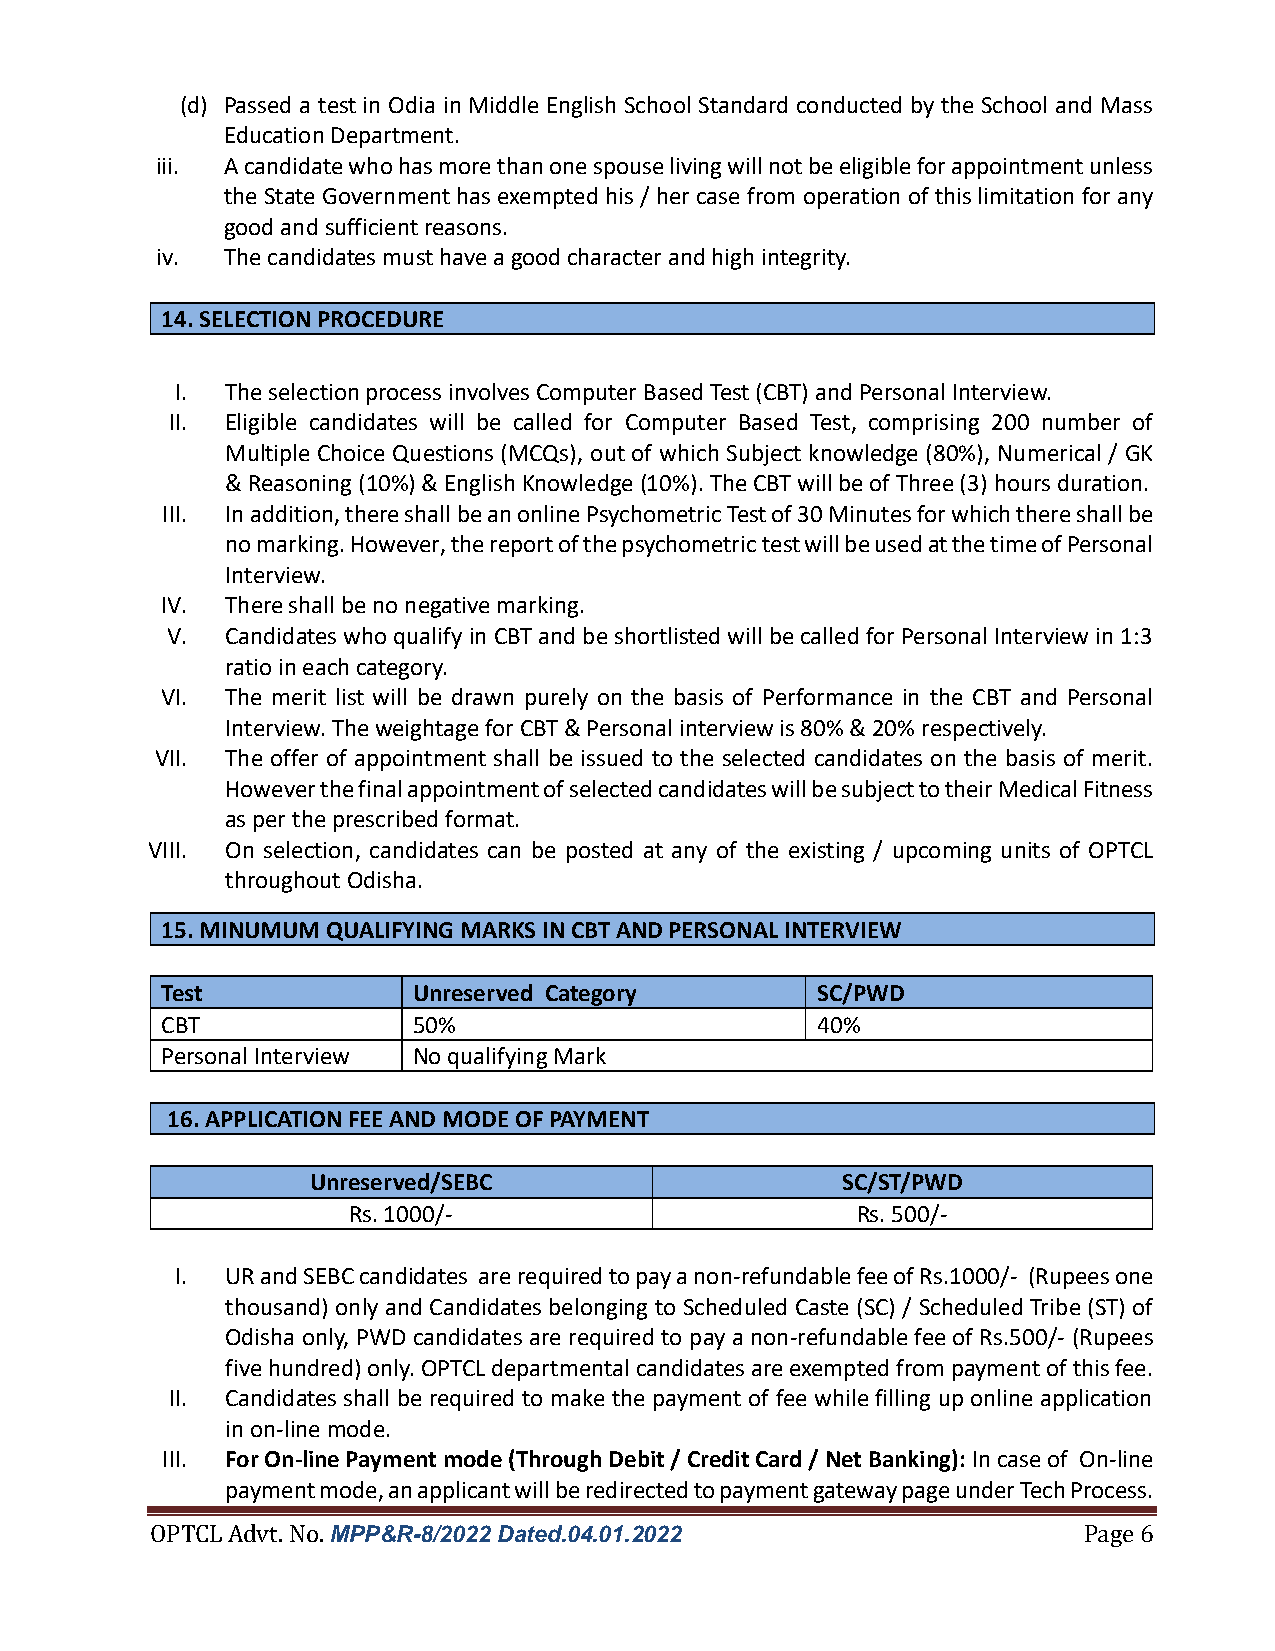
(d) Passed a test in Odia in Middle English School Standard conducted by the School and Mass
 Education Department.
 iii. A candidate who has more than one spouse living will not be eligible for appointment unless
 the State Government has exempted his / her case from operation of this limitation for any
 good and sufficient reasons.
 iv.  The candidates must have a good character and high integrity.
 14. SELECTION PROCEDURE
 I. The selection process involves Computer Based Test (CBT) and Personal Interview.
 II. Eligible candidates will be called for Computer Based Test, comprising 200 number of
 Multiple Choice Questions (MCQs), out of which Subject knowledge (80%), Numerical / GK
 & Reasoning (10%) & English Knowledge (10%). The CBT will be of Three (3) hours duration.
 III. In addition, there shall be an online Psychometric Test of 30 Minutes for which there shall be
 no marking. However, the report of the psychometric test will be used at the time of Personal
 Interview.
 IV. There shall be no negative marking.
 V.  Candidates who qualify in CBT and be shortlisted will be called for Personal Interview in 1:3
 ratio in each category.
 VI. The merit list will be drawn purely on the basis of Performance in the CBT and Personal
 Interview. The weightage for CBT & Personal interview is 80% & 20% respectively.
 VII. The offer of appointment shall be issued to the selected candidates on the basis of merit.
 However the final appointment of selected candidates will be subject to their Medical Fitness
 as per the prescribed format.
 VIII. On selection, candidates can be posted at any of the existing / upcoming units of OPTCL
 throughout Odisha.
 15. MINUMUM QUALIFYING MARKS IN CBT AND PERSONAL INTERVIEW
 Test            Unreserved Category        SC/PWD
 CBT             50%                        40%
 Personal Interview No qualifying Mark
 16. APPLICATION FEE AND MODE OF PAYMENT
 Unreserved/SEBC                    SC/ST/PWD
 Rs. 1000/-                        Rs. 500/-
 I. UR and SEBC candidates are required to pay a non-refundable fee of Rs.1000/- (Rupees one
 thousand) only and Candidates belonging to Scheduled Caste (SC) / Scheduled Tribe (ST) of
 Odisha only, PWD candidates are required to pay a non-refundable fee of Rs.500/- (Rupees
 five hundred) only. OPTCL departmental candidates are exempted from payment of this fee.
 II. Candidates shall be required to make the payment of fee while filling up online application
 in on-line mode.
 III. For On-line Payment mode (Through Debit / Credit Card / Net Banking): In case of On-line
 payment mode, an applicant will be redirected to payment gateway page under Tech Process.
 OPTCL Advt. No. MPP&R-8/2022 Dated.04.01.2022                 Page 6